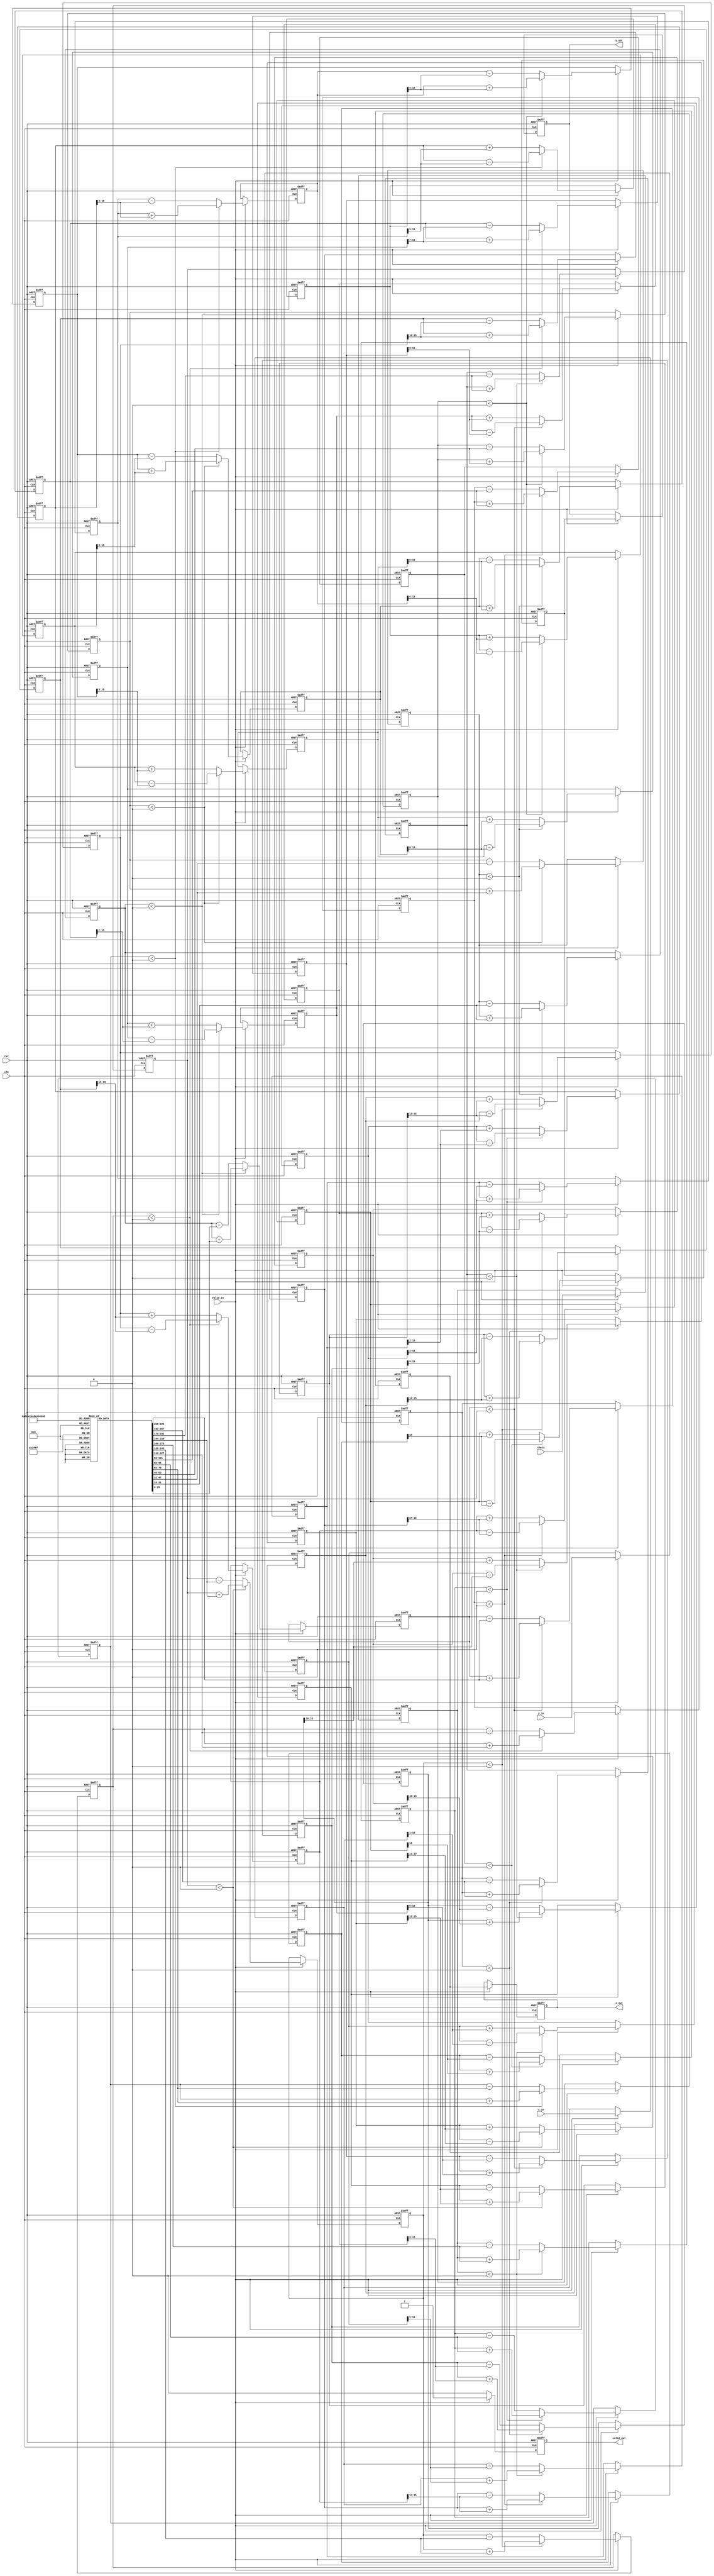
module pipeline_cordic(
    input clk,
    input rst,
    input valid_in,
    input [15:0] theta, // Angle input in fixed-point representation
    input [15:0] x_in,  // Initial x coordinate
    input [15:0] y_in,  // Initial y coordinate
    output reg valid_out,
    output reg [15:0] x_out, // Output x coordinate
    output reg [15:0] y_out  // Output y coordinate
);

    // Parameters
    parameter NUM_STAGES = 16; // Number of CORDIC stages
    parameter ANGLE_WIDTH = 16; // Width for angle representation
    parameter COORD_WIDTH = 16; // Width for coordinates

    // Angle lookup table (precomputed rotation angles)
    reg [ANGLE_WIDTH-1:0] angle_table [0:NUM_STAGES-1];

    initial begin
        // Populate the angle lookup table with precomputed values
        angle_table[0] = 16'h0000; // atan(2^0)
        angle_table[1] = 16'h3C90; // atan(2^-1)
        angle_table[2] = 16'h3C48; // atan(2^-2)
        angle_table[3] = 16'h3C30; // atan(2^-3)
        // ... continue filling in the table as needed
        angle_table[NUM_STAGES-1] = 16'h3C00; // atan(2^-(NUM_STAGES-1))
    end

    // Pipeline registers
    reg [COORD_WIDTH-1:0] x_reg [0:NUM_STAGES-1];
    reg [COORD_WIDTH-1:0] y_reg [0:NUM_STAGES-1];
    reg [ANGLE_WIDTH-1:0] theta_reg [0:NUM_STAGES-1];

    // Control signals
    integer i;

    always @(posedge clk or posedge rst) begin
        if (rst) begin
            // Reset output and pipeline registers
            valid_out <= 0;
            x_out <= 0;
            y_out <= 0;
            for (i = 0; i < NUM_STAGES; i = i + 1) begin
                x_reg[i] <= 0;
                y_reg[i] <= 0;
                theta_reg[i] <= 0;
            end
        end else if (valid_in) begin
            // Input the first stage
            x_reg[0] <= x_in;
            y_reg[0] <= y_in;
            theta_reg[0] <= theta;

            // CORDIC processing through pipeline stages
            for (i = 0; i < NUM_STAGES; i = i + 1) begin
                if (i == 0) begin
                    // First stage directly uses input
                    x_reg[i] <= x_in;
                    y_reg[i] <= y_in;
                end else begin
                    // Perform rotation or vectoring operations
                    if (theta_reg[i-1] < 0) begin // Rotate counter-clockwise
                        x_reg[i] <= x_reg[i-1] + (y_reg[i-1] >> i);
                        y_reg[i] <= y_reg[i-1] - (x_reg[i-1] >> i);
                        theta_reg[i] <= theta_reg[i-1] + angle_table[i];
                    end else begin // Rotate clockwise
                        x_reg[i] <= x_reg[i-1] - (y_reg[i-1] >> i);
                        y_reg[i] <= y_reg[i-1] + (x_reg[i-1] >> i);
                        theta_reg[i] <= theta_reg[i-1] - angle_table[i];
                    end
                end
            end

            // Output the final results from the last stage
            x_out <= x_reg[NUM_STAGES-1];
            y_out <= y_reg[NUM_STAGES-1];
            valid_out <= 1; // Indicate that output is valid
        end else begin
            valid_out <= 0; // No valid output unless input is valid
        end
    end

endmodule